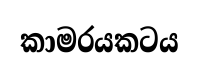
කාමරයකටය